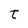
Character: t